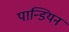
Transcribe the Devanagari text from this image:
पान्डियन